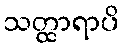
သတ္ထာရာပိ